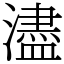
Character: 濜